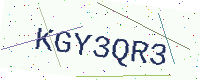
Text: KGY3QR3